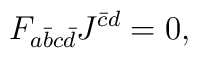
F_{a\bar{b}c\bar{d}} J^{\bar{c} d} = 0,